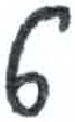
אות: ט